Indian journal of veterinary science and animal husbandry - Volumes 15-17, 1948-1951
Year: 1948
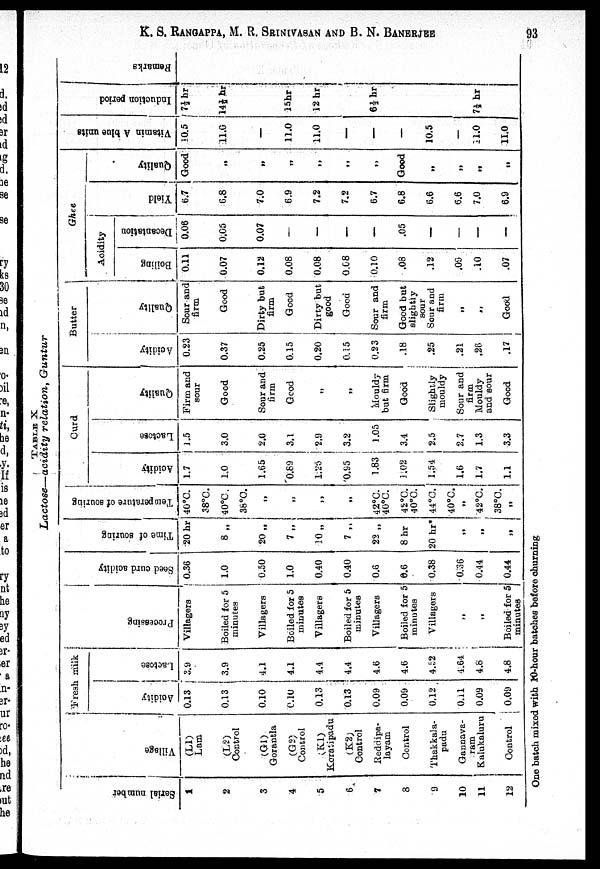
K. S. RANGAPPA, M. R. SRINIVASAN AND B. N. BANERJEE 93
TABLE
X.
Lactose—acidity
relation,
Guntur
Ser i al number
1
2
3
4
5
6
7
8
9
10
11
12
Vi l l age
(L1)
Lam
(L2)
Control
(G1)
Gorantla
(G2)
Control
(K1)
Koratipadu
(K2)
Control
Reddipa-
layam
Control
Thakkala-
padu
Gannava-
ram
Kalukaluru
Control
Fresh milk
Acidity
0.13
0.13
0.10
0.10
0.13
0.13
0.09
0.09
0.12
0.11
0.09
0.09
Lactose
3.9
3.9
4.1
4.1
4.4
4.4
4.6
4.6
4.52
4.64
4.8
4.8
Processing
Villagers
Boiled for 5
minutes
Villagers
Boiled for 5
minutes
Villagers
Boiled for 5
minutes
Villagers
Boiled for 5
minutes
Villagers
„
„
Boiled for 5
minutes
Seed curd acidity
0.36
1.0
0.50
1.0
0.40
0.40
0.6
0.6
0.38
0.36
0.44
0.44
Time of
souring
20 hr
8 „
20 „
7 „
10 „
7 „
22 „
8 hr
20 hr*
„
„
„
Temperature of souring
40°C.
38°C.
40°C.
36°C.
„
„
„
„
42°C.
40°C.
42°C.
40°C.
44°C.
40°C.
„
42°C.
38°C.
„
Curd
Acidity
1.7
1.0
1.65
0.89
l.25
0.95
1.83
1.02
1.54
1.6
1.7
1.1
Lact os e
1.5
3.0
2.0
3.1
2.9
3.2
1.05
3.4
2.5
2.7
1.3
3.3
Qual i
t
y
Firm and
sour
Good
Sour and
firm
Good
„
„
Mouldy
but firm
Good
Slightly
mouldy
Sour and
firm
Mouldy
and sour
Good
Butter
Acidity
0.23
0.37
0.25
0.15
0.20
0.15
0.23
.18
.25
.21
.26
.17
Qual i
t
y
Sour and
firm
Good
Dirty but
firm
Good
Dirty but
good
Good
Sour and
firm
Good but
slightly
sour
Sour and
firm
„
„
Good
Ghee
Acidity
Boiling
0.11
0.07
0.12
0.08
0.08
0.08
0.10
.08
.12
.09
.10
.07
Decantation
0.06
0.05
0.07
—
—
—
—
.05
—
—
—
—
Yield
6.7
6.8
7.0
6.9
7.2
7.2
6.7
6.8
6.6
6.6
7.0
6.9
Qual i
t
y
Good
„
„
„
„
„
„
Good
„
„
„
„
Vitamin
10.5
11.0
—
11.0
11.0
—
—
—
10.5
—
11.0
11.0
Induction period
7½ hr
14½ hr
15 hr
12 hr
6½ hr
7½ hr
Remar
One batch mixed with 10-hour batches before churning